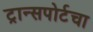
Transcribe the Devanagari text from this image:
ट्रान्सपोर्टचा